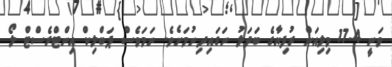
ވަނީ 17.4 މިލިއަން ރުފިޔާގެ ބަދަލު ނަގައިދިނުމަށެވެ. ނަމަވެސް ޕަބްލިކް އިންޓްރެސްޓް ލޯ